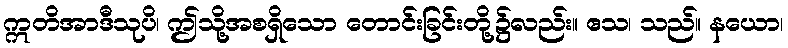
ဣတိအာဒီသုပိ၊ ဤသို့အစရှိသော တောင်းခြင်းတို့၌လည်း။ ဧသ၊ သည်။ နယော၊